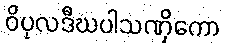
ဝိပုလဒီဃပါသဏှိကော